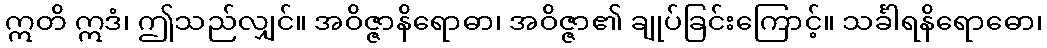
ဣတိ ဣဒံ၊ ဤသည်လျှင်။ အဝိဇ္ဇာနိရောဓာ၊ အဝိဇ္ဇာ၏ ချုပ်ခြင်းကြောင့်။ သင်္ခါရနိရောဓော၊